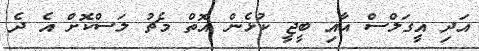
އަދި އީގަލްސް އާއި ބީޖީ ކުޅެން އޮތް މެޗު ލަސްކޮށް އެ ދެ